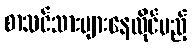
စာသင်သားများနေထိုင်မည့်